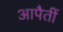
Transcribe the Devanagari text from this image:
आपैतीं